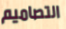
التصاميم